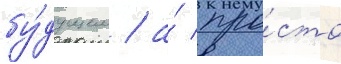
бу́дущем / а́ про́сто